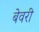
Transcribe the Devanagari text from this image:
बेवरी